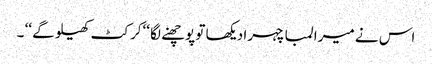
اس نے میرا لمبا چہرا دیکھا تو پوچھنے لگا ‘‘کرکٹ کھیلو گے ‘‘ ۔